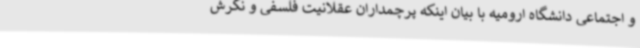
و اجتماعی دانشگاه ارومیه با بیان اینکه پرچمداران عقلانیت فلسفی و نگرش